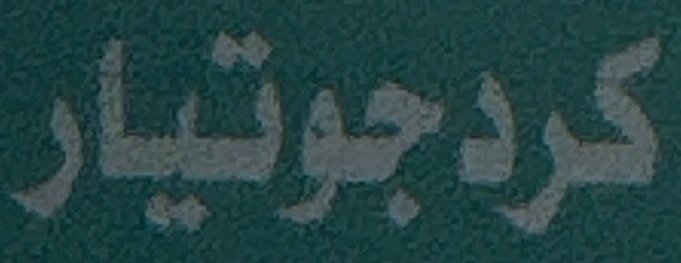
كردجوتیار